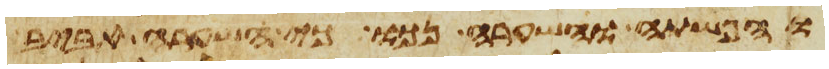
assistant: והפשתה והשערה נכו כי השערה אביב